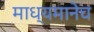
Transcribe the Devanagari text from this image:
माध्यमानेच